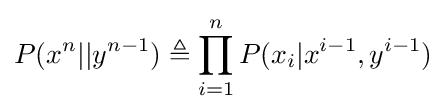
P(x^{n}||y^{n-1})\triangleq \prod _{i=1}^{n}P(x_{i}|x^{i-1},y^{i-1})